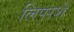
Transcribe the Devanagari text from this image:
लिपरशे